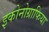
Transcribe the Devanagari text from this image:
इकोनोग्राफिया